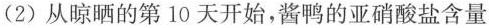
(2)从晾晒的第10天开始，酱鸭的亚硝酸盐含量